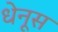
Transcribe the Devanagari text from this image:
धेनूस